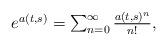
LaTeX: \begin{align*} \begin{array}{ll} e^{a(t,s)} = \sum_{n=0}^{\infty} \frac{ a(t,s)^n}{n!}, \end{array} \end{align*}